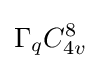
\Gamma _{q}C_{4v}^{8}